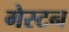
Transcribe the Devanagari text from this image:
गेस्टन